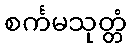
စင်္ကမသုတ္တံ